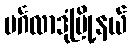
မင်္ဂလာဒုံမြို့နယ်